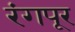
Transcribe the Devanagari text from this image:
रंगपूर